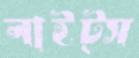
লাইট্স